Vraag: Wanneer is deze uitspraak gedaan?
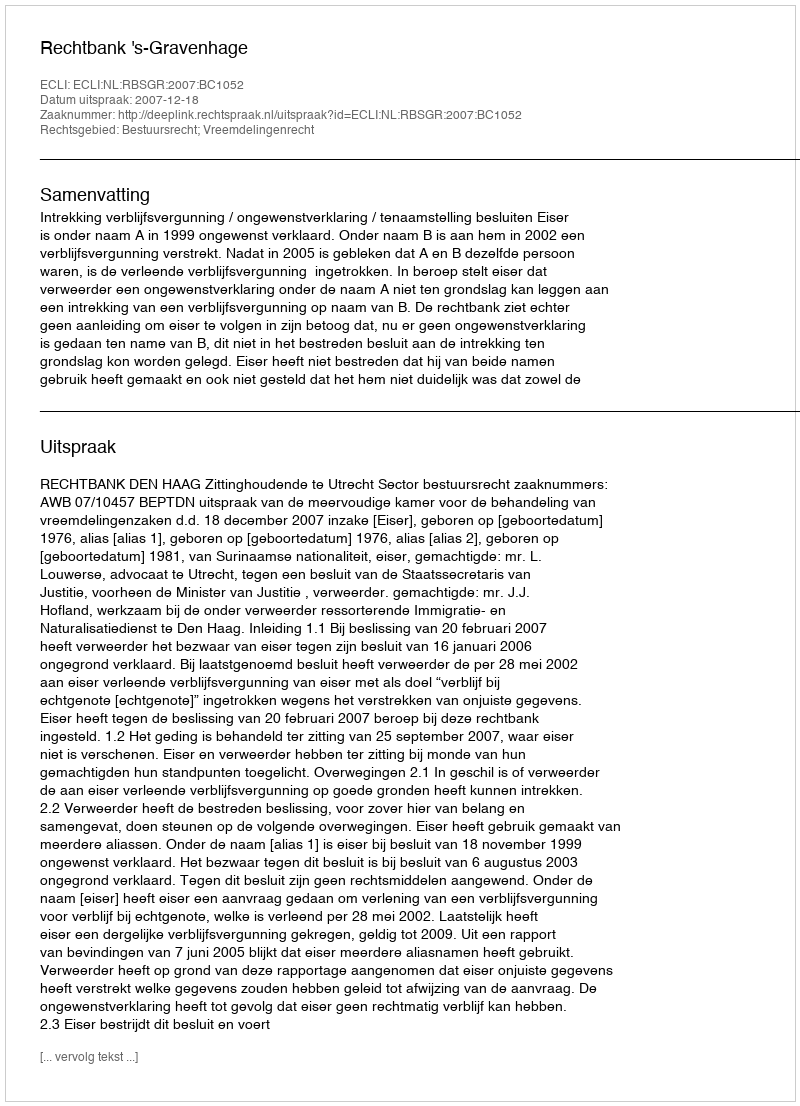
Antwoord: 2007-12-18